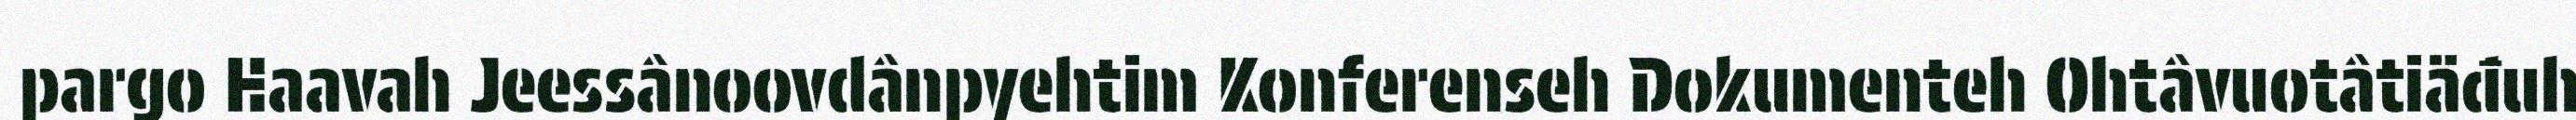
pargo Haavah Jeessânoovdânpyehtim Konferenseh Dokumenteh Ohtâvuotâtiäđuh